Annual administration report of the Civil Veterinary Department, Ajmere-Merwara, British Rajputana - 1914-1940
Year: 1914
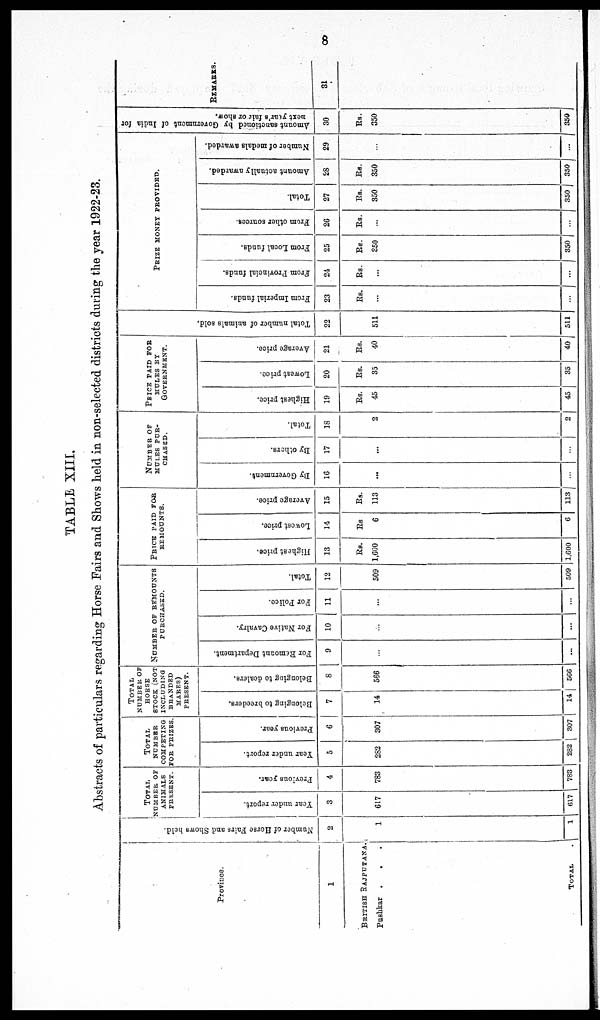
8
TABLE XIII.
Abstracts of particulars regarding Horse Fairs and Shows held in non-selected districts during the year 1922-23.
Province.
1
BRITISH RAJPUTANA.
Pushkar .
. .
TOTAL .
Number of Horse Fairs and Shows held.
2
1
1
TOTAL
NUMBER OF
ANIMALS
PRESENT.
Year under report.
3
617
617
Previous year.
4
783
783
TOTAL
NUMBER
COMPETING
FOE PRIZES.
Tear under report.
5
282
282
Previous year.
6
307
307
TOTAL
NUMBER OF
HORSE
STOCK (NOT
INCLUDING
BRANDED
MARES)
PRESENT.
Belonging to breeders.
7
14
14
Belonging to dealers.
8
566
566
NUMBER OF REMOUNTS
PURCHASED.
For Remount Department.
9
...
...
For Native Cavalry.
10
...
...
For Police
11
...
...
Total.
12
509
509
PRICE PAID FOR
REMOUNTS.
Highest price.
13
Rs.
1,600
1,600
Lowest price.
14
Rs
6
6
Average price.
15
Rs.
113
113
NUMBER OF
MULES PUR-
CHASED.
By Government.
16
...
...
By others.
17
...
...
Total.
18
2
2
PRICE PAID FOR
MULES BY
GOVERNMENT.
Highest price.
19
Rs.
45
45
Lowest price.
20
Rs.
35
35
Average price.
21
Rs.
40
40
Tot al number of animals sold.
22
511
511
PRIZE MONEY PROVIDED.
From
Imperial funds.
23
Rs.
...
. . .
From Provincial funds.
24
Rs.
...
...
From Local funds.
25
Rs.
350
350
From other sources.
26
Rs.
...
...
Total.
27
Rs.
350
350
Amount actually awarded.
28
Rs.
350
350
Number of medals awarded.
29
...
...
Amount sanctioned by Government of India for
next
year's
fair
or
show.
30
Rs.
350
350
REMARKS.
31